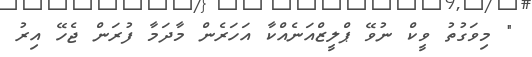
" މިވަގުތު ވީކް ނުވޭ ޕްލީޒްއަނެއްކާ އަހަރެން މާދަމާ ފުރަން ޖެހޭ އިރު